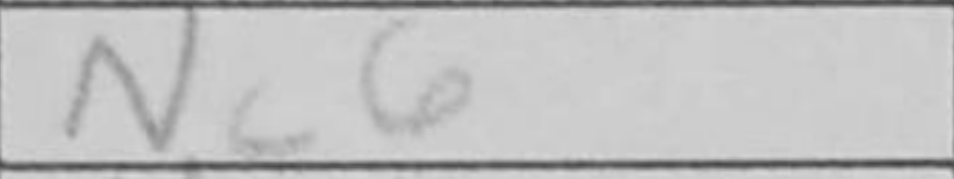
Transcription: Nc6